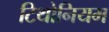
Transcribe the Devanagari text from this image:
टिथोनियम